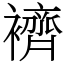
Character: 𧞓